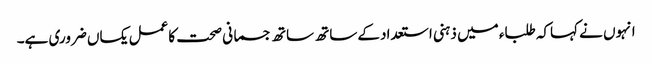
انہوں نے کہاکہ طلباء میں ذہنی استعدادکے ساتھ ساتھ جسمانی صحت کاعمل یکساں ضروری ہے۔